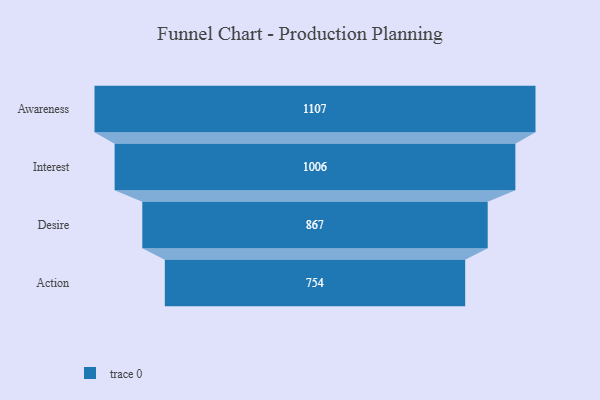
{"axis": {"x": "Stage", "y": "Value"}, "legend": [""], "data": [{"x": "Awareness", "y": 1107.0, "type": ""}, {"x": "Interest", "y": 1006.0, "type": ""}, {"x": "Desire", "y": 867.0, "type": ""}, {"x": "Action", "y": 754.0, "type": ""}]}